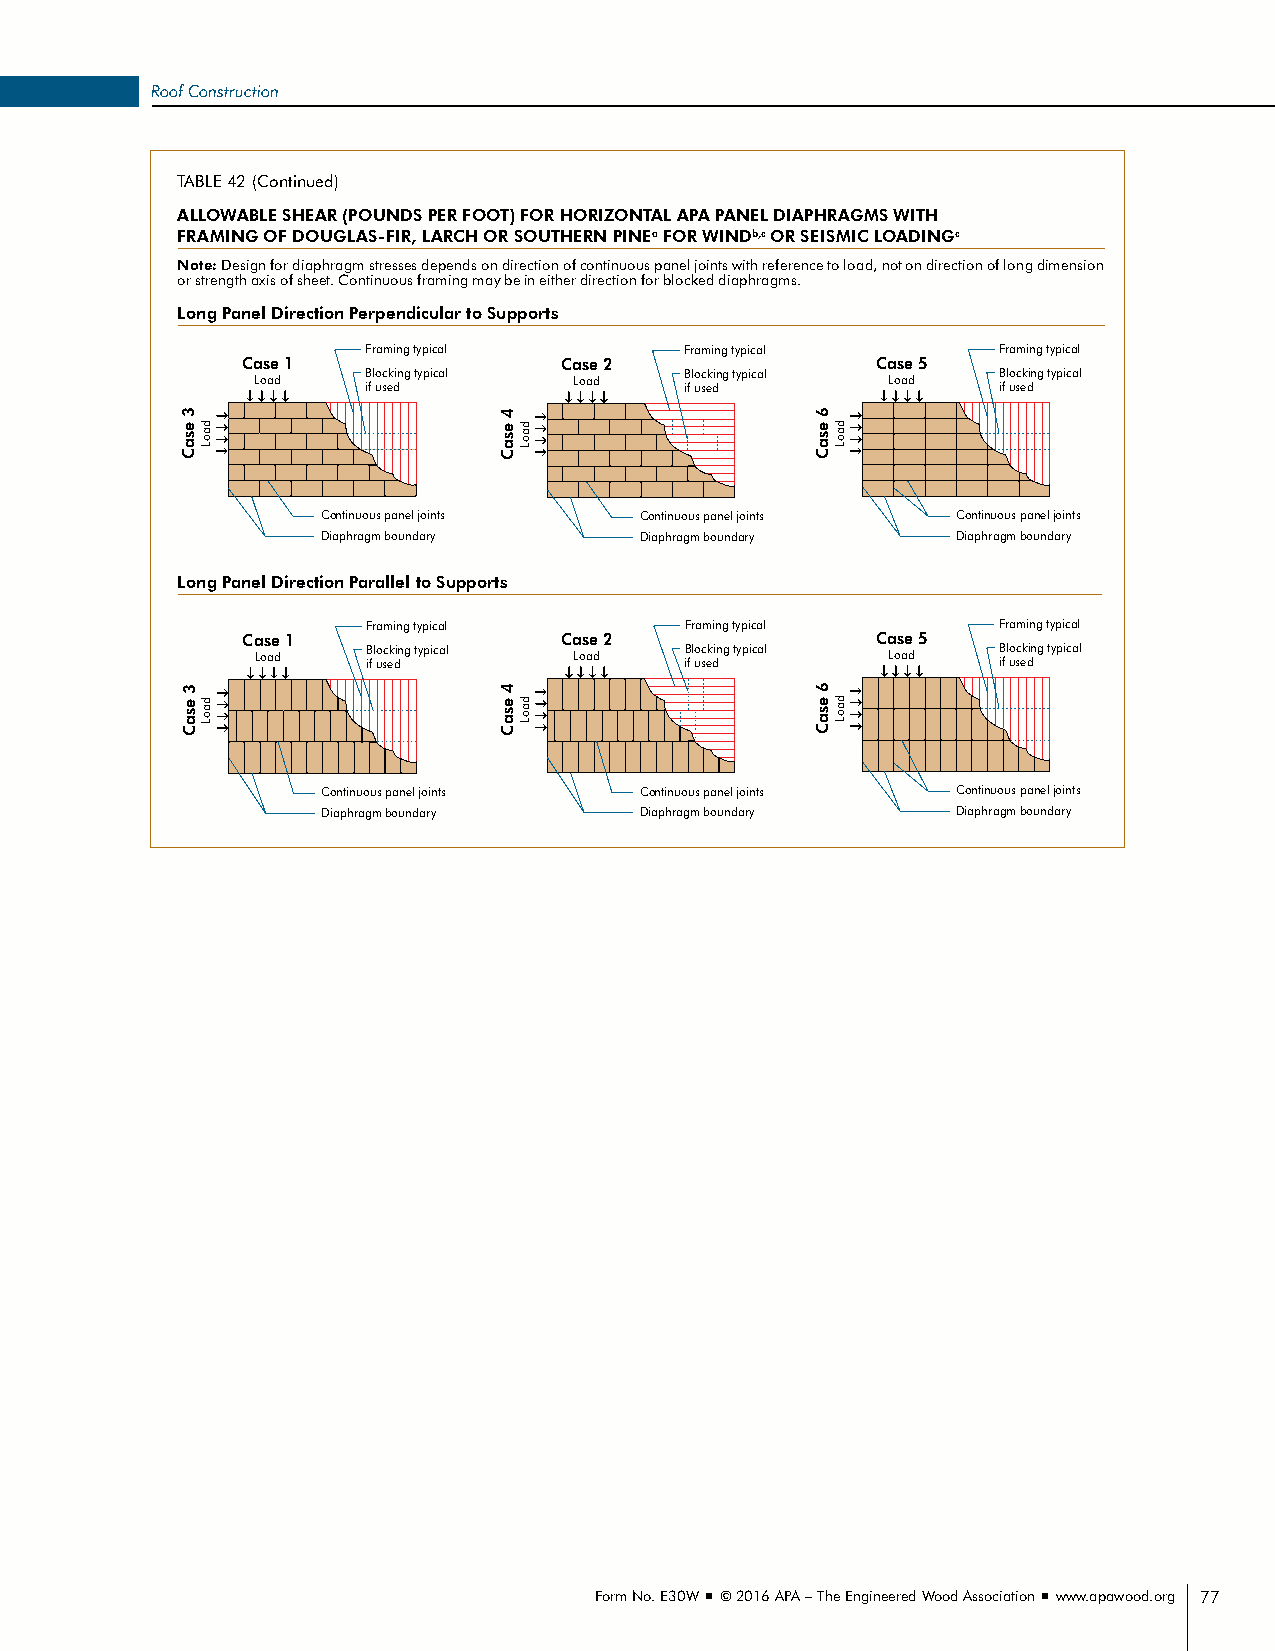
Roof Construction
 TABLE 42 (Continued)
 ALLOWABLE SHEAR (POUNDS PER FOOT) FOR HORIZONTAL APA PANEL DIAPHRAGMS WITH
 FRAMING OF DOUGLAS-FIR, LARCH OR SOUTHERN PINEa FOR WINDb,c OR SEISMIC LOADINGc
 Note: Design for diaphragm stresses depends on direction of c ontinuous panel joints with reference to load, not on direction of long dimension
 or strength axis of sheet. Continuous framing may be in either direction for blocked diaphragms.
 Long Panel Direction Perpendicular to Supports
 Framing typical      Framing typical      Framing typical
 Case 1               Case 2               Case 5
 Load   iFB fr l uo asc mek idi nn gg tt yy pp ii cc aa ll Load iFB fr l uo asc mek idi nn gg tt yy pp ii cc aa ll Load FB ifr l uo asc mek idi nn gg tt yy pp ii cc aa ll
 Case 1               Case 2               Case 5
 Load   iB f l uo sc ek ding typical Load iB f l uo sc ek ding typical Load iB f l uo sc ek ding typical
 Continuous panel joints Continuous panel joints Continuous panel joints
 Diaphragm boundary   Diaphragm boundary   Diaphragm boundary
 Continuous panel joints Continuous panel joints Continuous panel joints
 Diaphragm boundary   Diaphragm boundary   Diaphragm boundary
 Long Panel Direction Parallel to Supports
 Framing typical      Framing typical      Framing typical
 Case 1               Case 2               Case 5
 CaLo sa ed
 1
 iFB fr l uo asc mek idi nn gg tt yy pp ii cc aa ll CaLo sa ed
 2
 iFB fr l uo asc mek idi nn gg tt yy pp ii cc aa ll CaLo sa ed
 5
 iFB fr l uo asc mek idi nn gg tt yy pp ii cc aa ll
 Load   iB f l uo sc ek ding typical Load iB f l uo sc ek ding typical Load iB f l uo sc ek ding typical
 Continuous panel joints Continuous panel joints Continuous panel joints
 Diaphragm boundary   Diaphragm boundary   Diaphragm boundary
 Continuous panel joints Continuous panel joints Continuous panel joints
 Diaphragm boundary   Diaphragm boundary   Diaphragm boundary
 Form No. E30W ■ © 2016 APA – The Engineered Wood Association ■ www.apawood.org 77
 3 esa3C
 esaC
 3 esa3C
 esaC
 daoLdaoL
 daoLdaoL
 4 esa4C
 esaC
 4 esa4C
 esaC
 daoLdaoL
 daoLdaoL
 6 esa6C
 esaC
 6 esa6C
 esaC
 daoLdaoL
 daoLdaoL